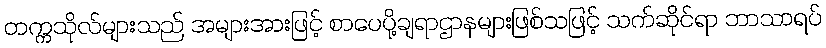
တက္ကသိုလ်များသည် အများအားဖြင့် စာပေပို့ချရာဌာနများဖြစ်သဖြင့် သက်ဆိုင်ရာ ဘာသာရပ်